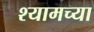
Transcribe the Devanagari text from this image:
श्यामच्या